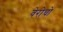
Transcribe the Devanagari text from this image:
वेरोचो